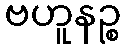
ဗဟူနဉ္စ